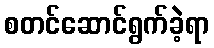
စတင်ဆောင်ရွက်ခဲ့ရာ